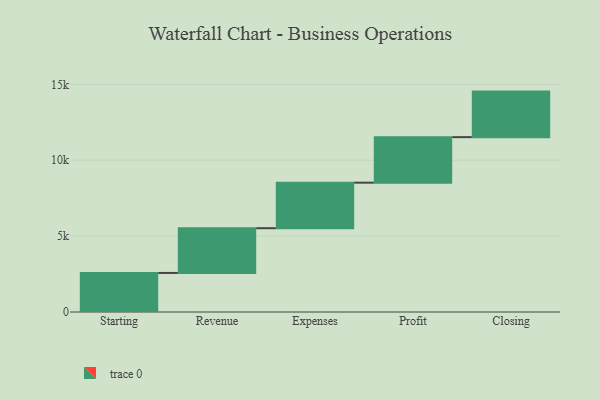
{"axis": {"x": "Step", "y": "Value"}, "legend": [""], "data": [{"x": "Starting", "y": 2573.0, "type": ""}, {"x": "Revenue", "y": 2947.0, "type": ""}, {"x": "Expenses", "y": 3000, "type": ""}, {"x": "Profit", "y": 3000, "type": ""}, {"x": "Closing", "y": 3000, "type": ""}]}